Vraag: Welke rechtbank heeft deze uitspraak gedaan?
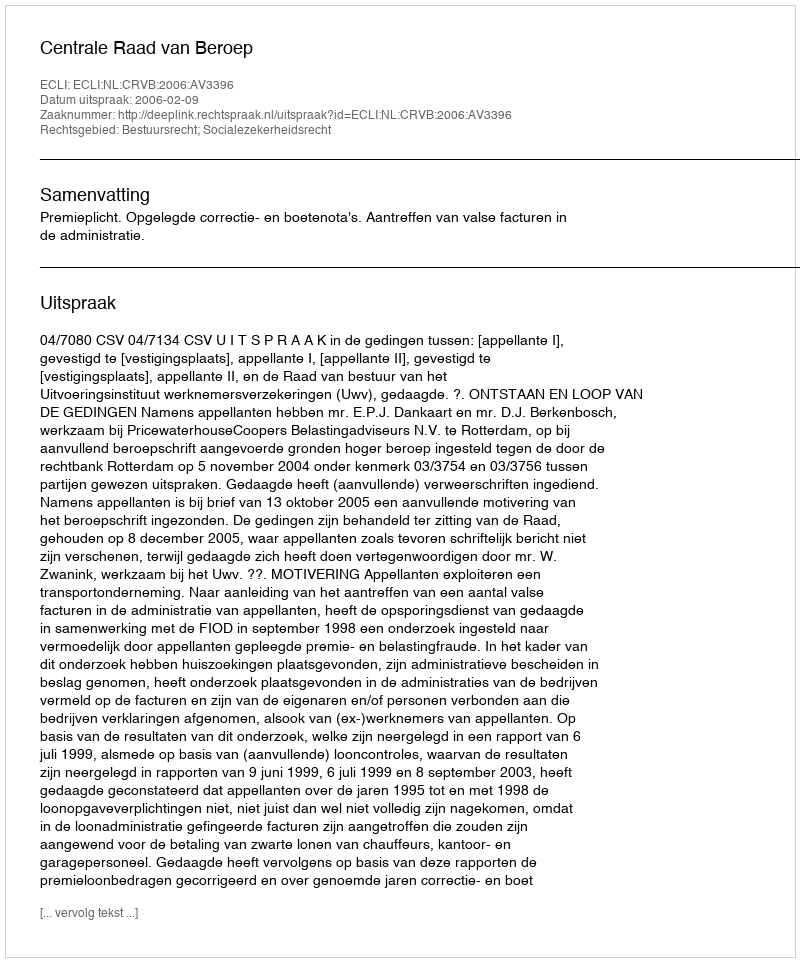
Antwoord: Centrale Raad van Beroep